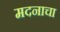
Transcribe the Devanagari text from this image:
मदनाचा